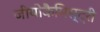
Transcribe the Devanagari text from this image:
जीयोकैमिस्ट्री